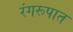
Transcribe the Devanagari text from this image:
रंगरूपात